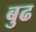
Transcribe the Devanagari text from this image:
बुढ